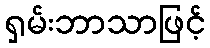
ရှမ်းဘာသာဖြင့်